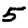
Digit: 5